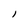
Character: l